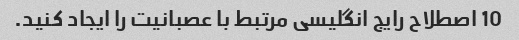
10 اصطلاح رایج انگلیسی مرتبط با عصبانیت را ایجاد کنید.